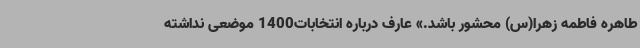
طاهره فاطمه زهرا(س) محشور باشد.» عارف درباره انتخابات1400 موضعی نداشته